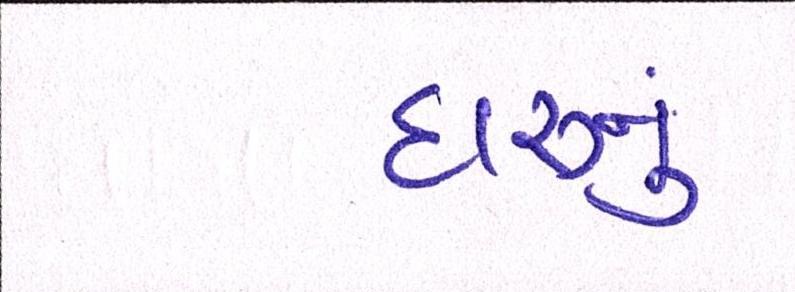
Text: દારૂનુ